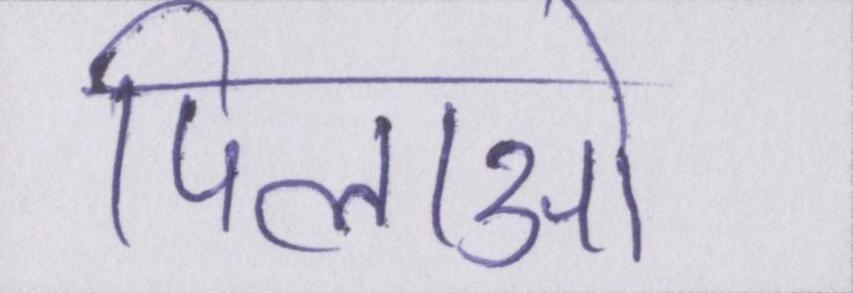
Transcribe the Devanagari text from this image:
पिलाओ